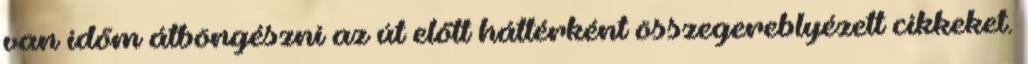
van időm átböngészni az út előtt háttérként összegereblyézett cikkeket.